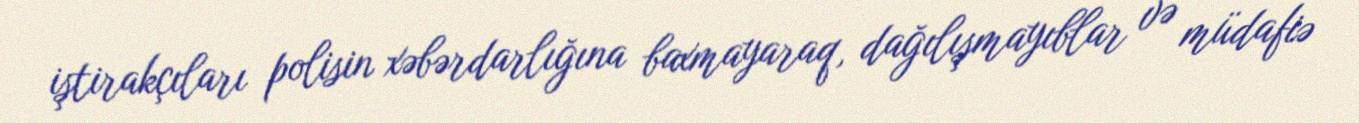
iştirakçıları polisin xəbərdarlığına baxmayaraq, dağılışmayıblar və müdafiə